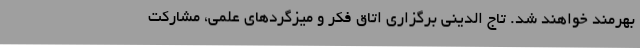
بهرمند خواهند شد. تاج الدینی برگزاری اتاق فکر و میزگردهای علمی، مشارکت